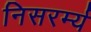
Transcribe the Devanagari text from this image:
निसरर्म्य